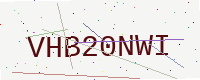
Text: VHB20NWI